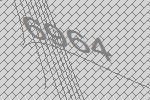
6964